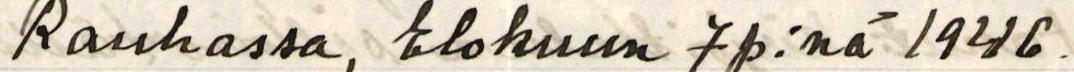
Rauhassa, Elokuun 7 p:nä 1946.